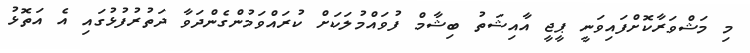
މި މަޝްވަރާކޮށްފައިވަނީ ޕީޖީ އާއިޝަތު ބިޝާމް ފުވައްމުލަކަށް ކުރައްވަމުންގެންދަވާ ދަތުރުފުޅުގައި އެ އަތޮޅު